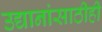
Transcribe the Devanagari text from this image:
उद्यानांसाठीही